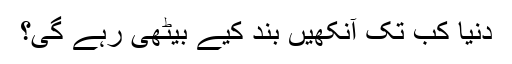
دنیا کب تک آنکھیں بند کیے بیٹھی رہے گی؟